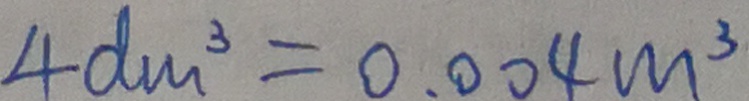
4 d m ^ { 3 } = 0 . 0 0 4 m ^ { 3 }